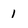
Character: 1